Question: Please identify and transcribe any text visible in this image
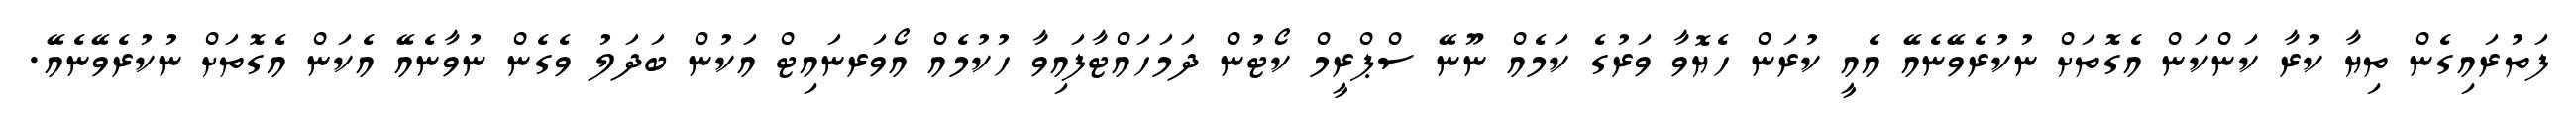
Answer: ފަތުރައިގެން ތިޔާ ކުރާ ކަންކަން އެގޮތަށް ނުކުރެވޭނެއޭ އެއީ ކުރަން ހެޔޮވާ ވަރުގެ ކަމެއް ނޫނޭ ސްޕްރީމް ކޯޓުން ދަމަހައްޓާފައިވާ ހުކުމެއް އޯވަރނައިޓް އަކުން ބަދަލު ވެގެން ނުވާނެއޭ އެކަން އެގޮތަށް ނުކުރެވޭނެއޭ.